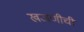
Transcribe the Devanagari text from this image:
खजणीची